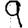
Digit: 9